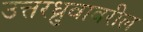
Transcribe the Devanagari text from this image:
उत्तरध्रुवावरील